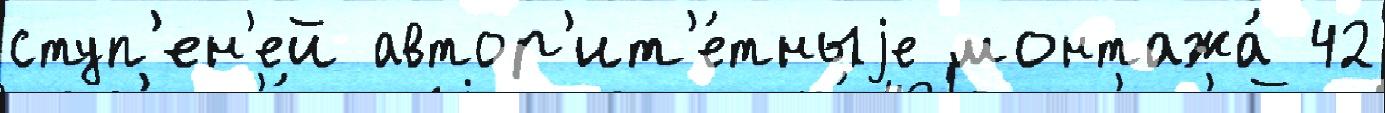
ступ'ен'ей автор'ит'е́тныjе монтажа́ 42